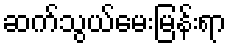
ဆက်သွယ်မေးမြန်းရာ